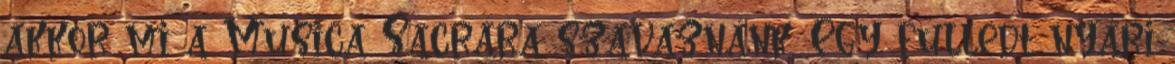
akkor mi a Musica Sacrára szavaznánk. Egy fülledt nyári